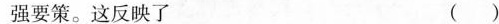
强要策。这反映了 （）